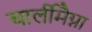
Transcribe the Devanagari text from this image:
चार्लीमैग्ना